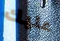
عليك